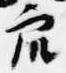
衆